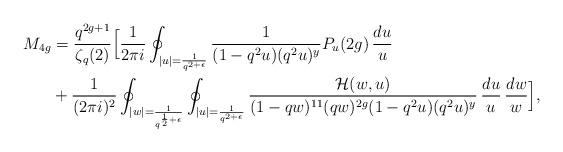
LaTeX: \begin{align*} M_{4g} &= \frac{q^{2g+1}}{\zeta_q(2)} \Big[ \frac{1}{2 \pi i} \oint_{|u|=\frac{1}{q^{2+\epsilon}}} \frac{1}{(1-q^2u)(q^2u)^y} P_u(2g) \, \frac{du}{u} \\ & + \frac{1}{(2 \pi i)^2} \oint_{|w|=\frac{1}{q^{\frac{1}{2}+\epsilon}}} \oint_{|u|=\frac{1}{q^{2+\epsilon}}} \frac{\mathcal{H}(w,u)}{(1-qw)^{11}(qw)^{2g} (1-q^2u)(q^2u)^y} \, \frac{du}{u} \, \frac{dw}{w} \Big], \end{align*}